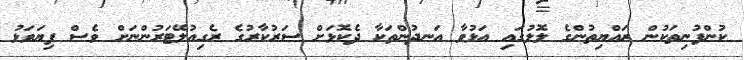
ކުންފުނިތަކުން ރައްޔިތުންގެ ލޮލުގައި އަޅުވާ އަނދުންތަކާ ދެކޮޅަށް ސަރުކާރުގެ ރެގިއުލޭޓަރުންނަށް ވެސް ފިޔަވަޅު